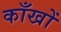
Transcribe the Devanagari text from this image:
काँखों